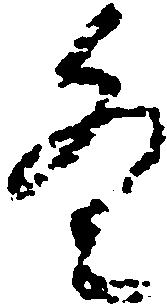
条